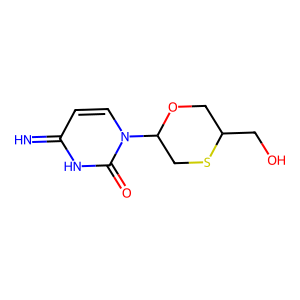
SMILES: N=c1ccn(C2CSC(CO)CO2)c(=O)[nH]1
Inhibits HIV replication: No